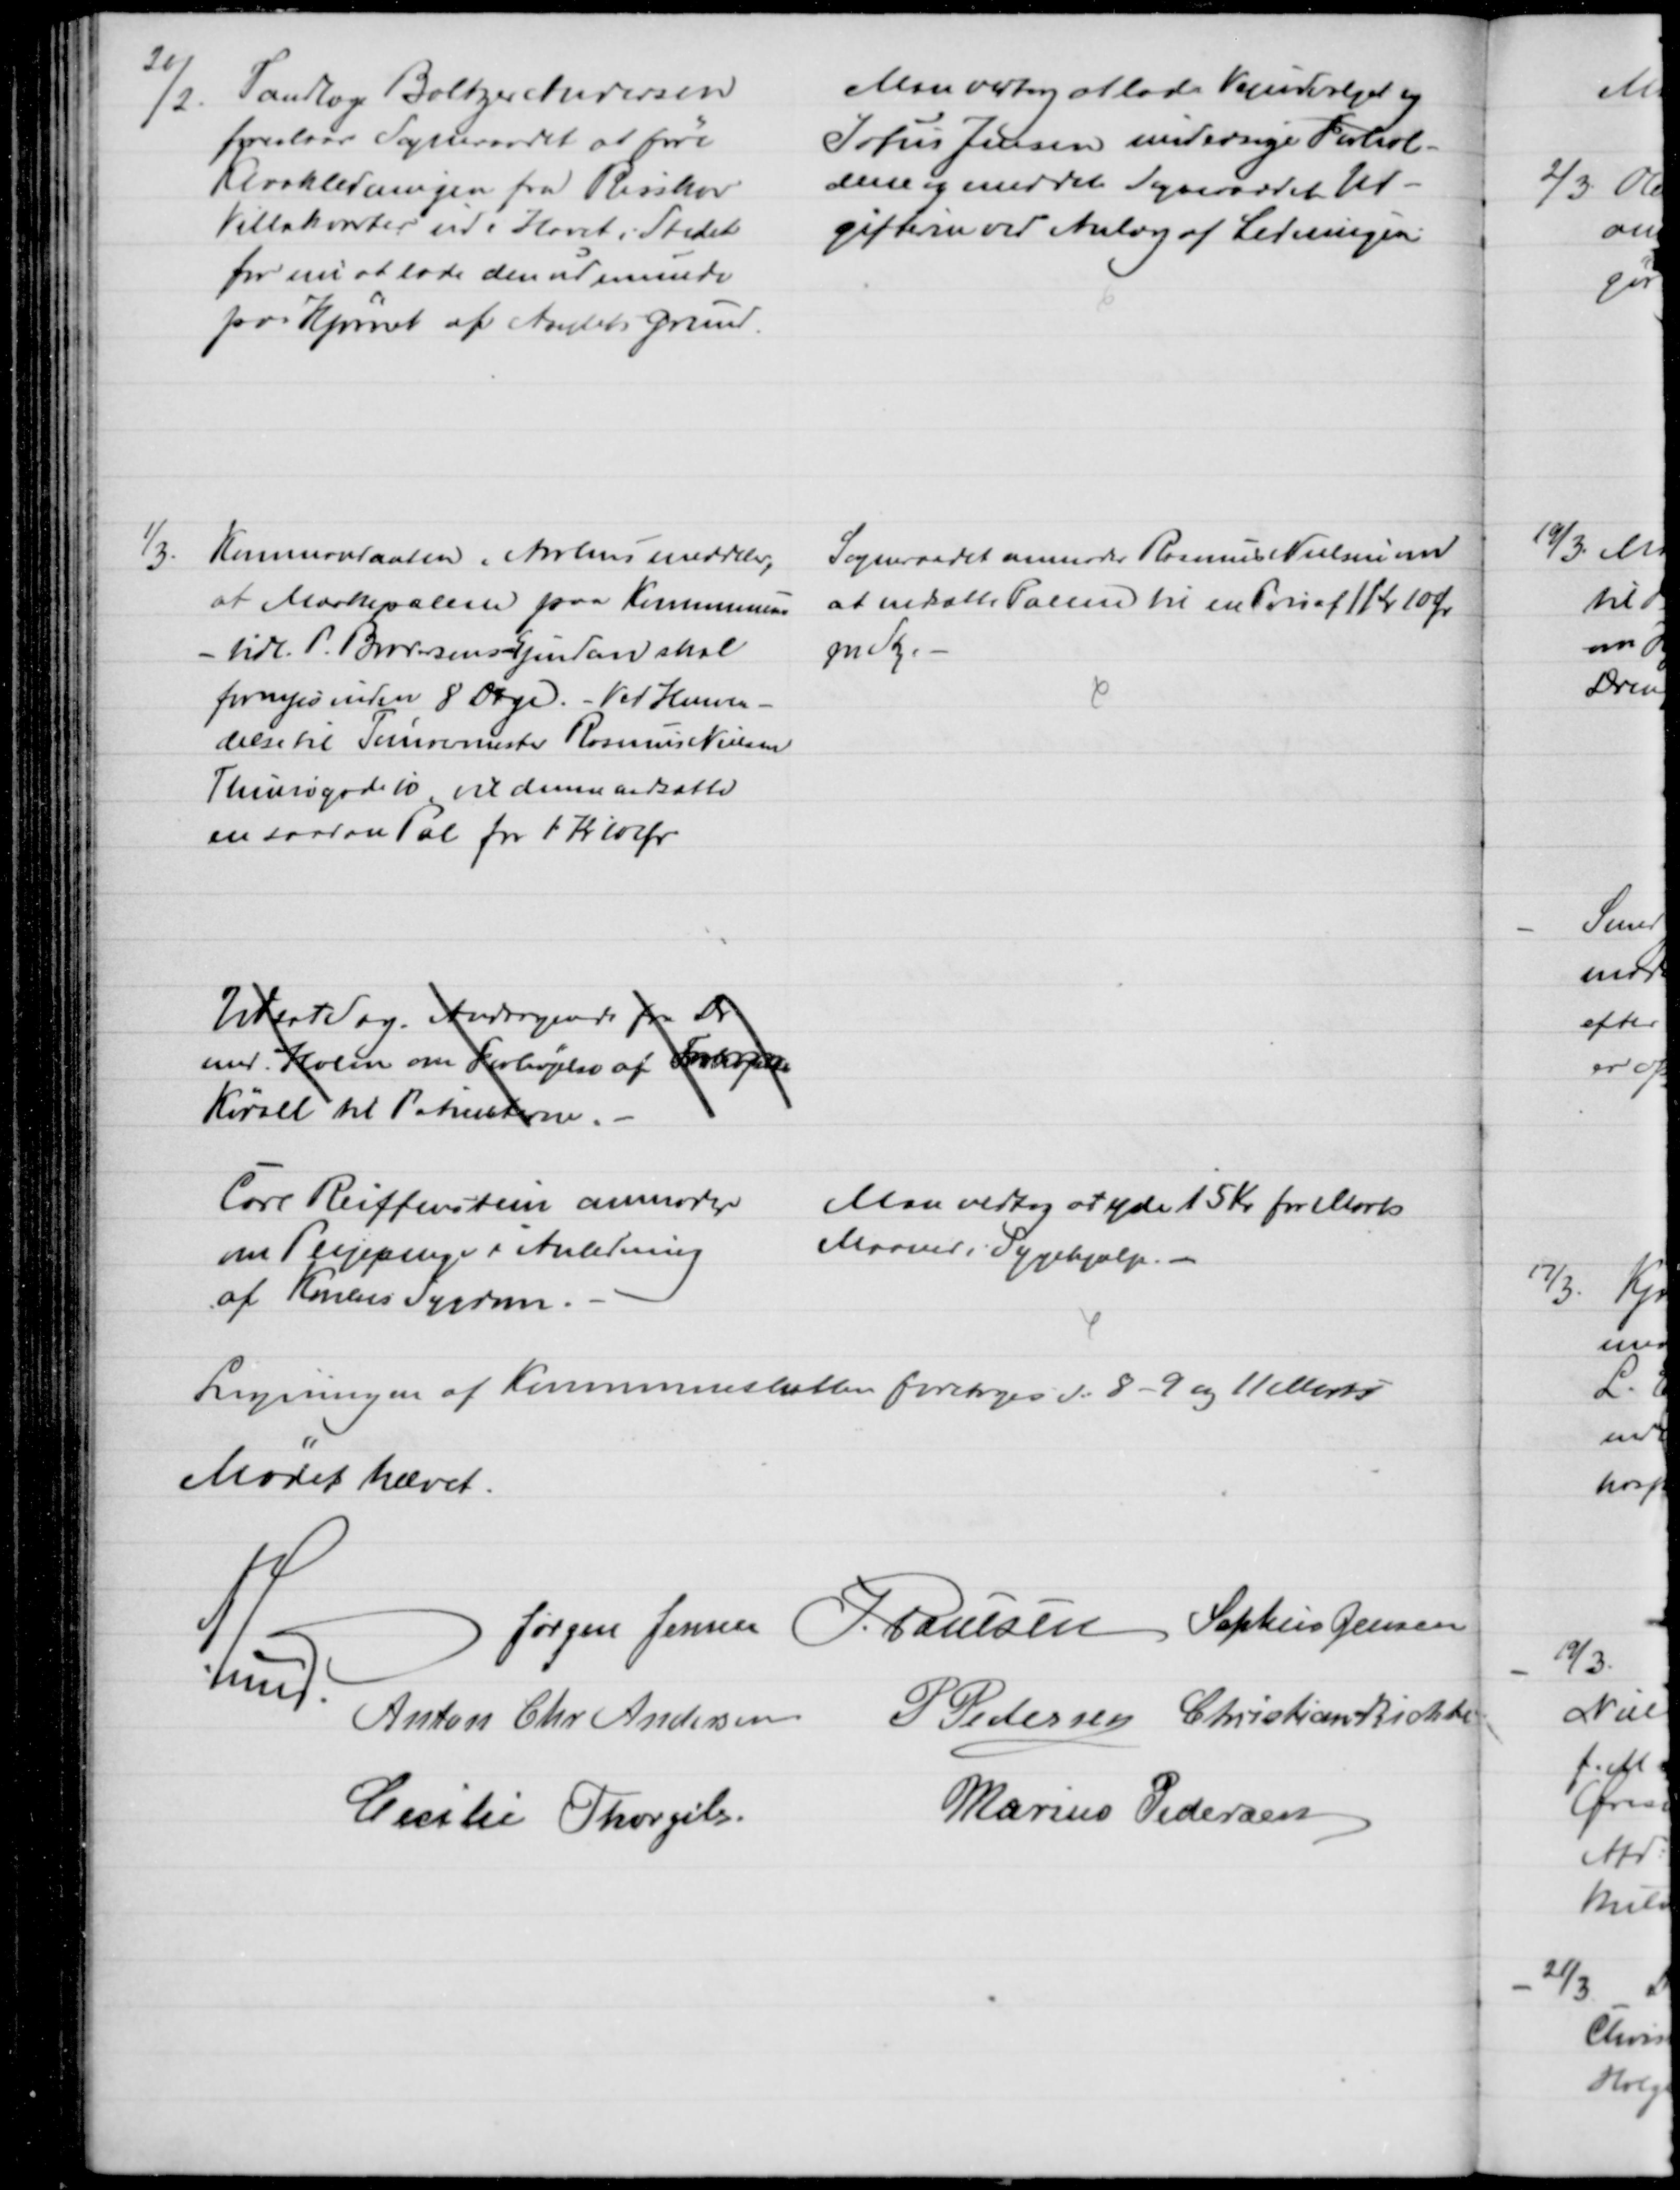
Transskription:
26/2.
Tandlæge Baltzer Andersen
foreslaar Sogneraadet at føre
Kloakledningen fra Risskov
Villakvarter ud i Havet i Stedet
for en at lade den udmunde
paa Hjørnet af Amtets Grund.
Man vedtog at lade Vejudvalget og
Sofus Jensen undersøge Forhol-
dene og meddele Sogneraadet Ud-
gifterne ved Anlæg af Ledningen
1/3.
Kommandanten i Aarhus meddeler,
at Mærkepælene paa Kommunens
- tidl. P. Brodersens Ejendom skal
fornyes inden 8 Dage. - Ved Henven-
delse til Tømrermester Rasmus Nielsen
Thunøgade 10, vil denne nedsætte
en saadan Pæl for 1 Kr 10 Ør
Sogneraadet anmoder Rasmus Nielsen om
at nedsatte Pælene til en Pris af 1 Kr 10 Øre
pr Stk..
Udsat Sag. Andragende fra Dr
med. Holm om Forhøjelse af Forhøjelse
Kørsel til Patienterne.
Carl Reiffenstein anmoder
om Plejepenge i Anledning
af Konens Sygdom.
Man vedtog at yde 15 Kr for Marts
Maaned i Sygehjælp. 
Ligningen af Kommuneskatten foretoges d: 8 - 9 og 11 Marts
Mødet hævet.
A. Lund.
Jørgen Jensen J. Poulsen Sophus Jensen
Anton Chr Andersen P Pedersen Christian Richter
Cecilie Thorgils.
Marius Pedersen